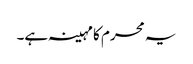
یہ محرم کا مہینہ ہے۔